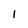
Character: 1